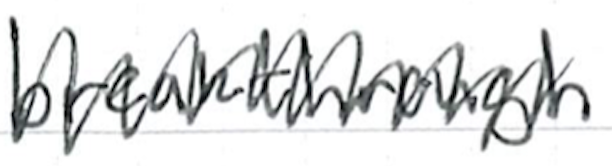
Text: breakthrough
Cross-out: zig-zag
Writing tool: ballpoint